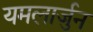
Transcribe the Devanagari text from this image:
यमलार्जुन